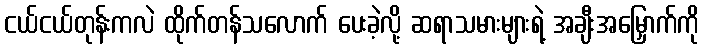
ငယ်ငယ်တုန်းကလဲ ထိုက်တန်သလောက် ပေးခဲ့လို့ ဆရာသမားများရဲ့ အချီးအမြှောက်ကို